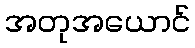
အတုအယောင်